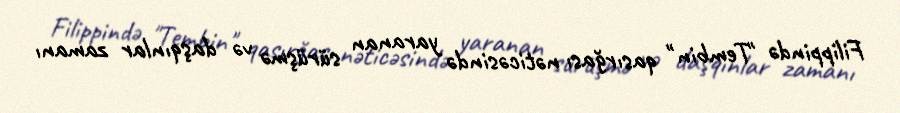
Filippində "Tembin" qasırğası nəticəsində yaranan sürüşmə və daşqınlar zamanı